Report on vaccination in the Province of Bengal - 1874-1889
Year: 1874
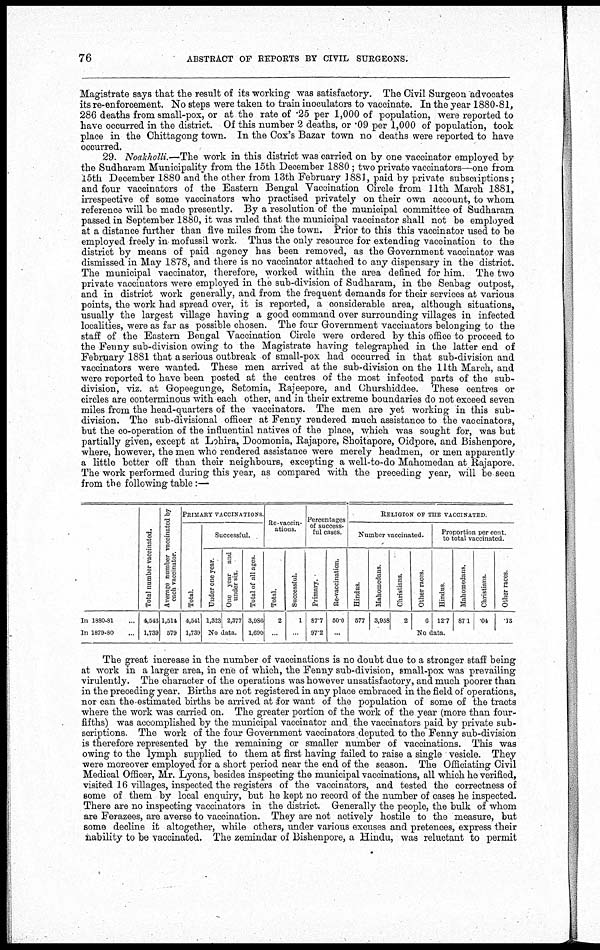
76
ABSTRACT OF REPORTS BY CIVIL SURGEONS.
Magistrate says that the result of its working was satisfactory. The Civil Surgeon advocates
its re-enforcement. No steps were taken to train inoculators to vaccinate. In the year 1880-81,
286 deaths from small-pox, or at the rate of .25 per 1,000 of population, were reported to
have occurred in the district. Of this number 2 deaths, or .09 per 1,000 of population, took
place in the Chittagong town. In the Cox's Bazar town no deaths were reported to have
occurred.
29. Noakholli.—The work in this district was carried on by one vaccinator employed by
the Sudharam Municipality from the 15th December 1880; two private vaccinators—one from
15th December 1880 and the other from 13th February 1881, paid by private subscriptions;
and four vaccinators of the Eastern Bengal Vaccination Circle from 11th March 1881,
irrespective of some vaccinators who practised privately on their own account, to whom
reference will be made presently. By a resolution of the municipal committee of Sudharam
passed in September 1880, it was ruled that the municipal vaccinator shall not be employed
at a distance further than five miles from the town. Prior to this this vaccinator used to be
employed freely in mofussil work. Thus the only resource for extending vaccination to the
district by means of paid agency has been removed, as the Government vaccinator was
dismissed in May 1878, and there is no vaccinator attached to any dispensary in the district.
The municipal vaccinator, therefore, worked within the area defined for him. The two
private vaccinators were employed in the sub-division of Sudharam, in the Seabag outpost,
and in district work generally, and from the frequent demands for their services at various
points, the work had spread over, it is reported, a considerable area, although situations,
usually the largest village having a good command over surrounding villages in infected
localities, were as far as possible chosen. The four Government vaccinators belonging to the
staff of the Eastern Bengal Vaccination Circle were ordered by this office to proceed to
the Fenny sub-division owing to the Magistrate having telegraphed in the latter end of
February 1881 that a serious outbreak of small-pox had occurred in that sub-division and
vaccinators were wanted. These men arrived at the sub-division on the 11th March, and
were reported to have been posted at the centres of the most infected parts of the sub-
division, viz. at Gopeegunge, Setomia, Rajeepore, and Churshiddee. These centres or
circles are conterminous with each other, and in their extreme boundaries do not exceed seven
miles from the head-quarters of the vaccinators. The men are yet working in this sub-
division. The sub-divisional officer at Fenny rendered much assistance to the vaccinators,
but the co-operation of the influential natives of the place, which was sought for, was but
partially given, except at Lohira, Doomonia, Rajapore, Shoitapore, Oidpore, and Bishenpore,
where, however, the men who rendered assistance were merely headmen, or men apparently
a little better off than their neighbours, excepting a well-to-do Mahomedan at Rajapore.
The work performed during this year, as compared with the preceding year, will be seen
from the following table :—
In 1880-81...
In 1879-80...
Total number vaccinated.
4,543
1,789
Average number vaccinated by
each vaccinator.
1,514.
579
PRIMARY VACCINATIONS.
Total.
4,541
1,739
Successful.
Under one year.
1,323
One year and
under six.
2,377
No data.
Total of all ages.
3,986
1,690
Re-vaccin-
ations.
Total.
2
...
Successful.
1
...
Percentages
of success-
ful cases.
Primary.
87.7
97.2
Re-vaccination.
50.0
...
RELIGION OF THE VACCINATED.
Number vaccinated.
Hindus.
577
Mahomedans.
3,958
Christians.
2
Other races.
5
Proportion per cent.
to total vaccinated.
Hindus.
12.7
Mahomedans.
87.1
Christians.
.04
Other races.
.13
No data.
The great increase in the number of vaccinations is no doubt due to a stronger staff being
at work in a larger area, in one of which, the Fenny sub-division, small-pox was prevailing
virulently. The character of the operations was however unsatisfactory, and much poorer than
in the preceding year. Births are not registered in any place embraced in the field of operations,
nor can the estimated births be arrived at for want of the population of some of the tracts
where the work was carried on. The greater portion of the work of the year (more than four-
fifths) was accomplished by the municipal vaccinator and the vaccinators paid by private sub-
scriptions. The work of the four Government vaccinators deputed to the Fenny sub-division
is therefore represented by the remaining or smaller number of vaccinations. This was
owing to the lymph supplied to them at first having failed to raise a single vesicle. They
were moreover employed for a short period near the end of the season. The Officiating Civil
Medical Officer, Mr. Lyons, besides inspecting the municipal vaccinations, all which he verified,
visited 16 villages, inspected the registers of the vaccinators, and tested the correctness of
some of them by local enquiry, but he kept no record of the number of cases he inspected.
There are no inspecting vaccinators in the district. Generally the people, the bulk of whom
are Ferazees, are averse to vaccination. They are not actively hostile to the measure, but
some decline it altogether, while others, under various excuses and pretences, express their
nability to be vaccinated. The zemindar of Bishenpore, a Hindu, was reluctant to permit